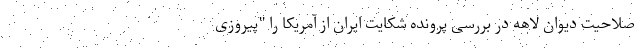
صلاحیت دیوان لاهه در بررسی پرونده شکایت ایران از آمریکا را "پیروزی